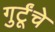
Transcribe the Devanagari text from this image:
गुर्टूंचे